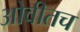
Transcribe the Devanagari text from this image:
ओवीतच